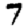
Digit: 7